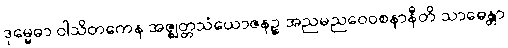
ဒုမ္မေဓာ ဝါသိတကေန အဇ္ဈတ္တသံယောဇနဉ္စ အညမညဝေဝစနာနီတိ သာဓေန္တာ